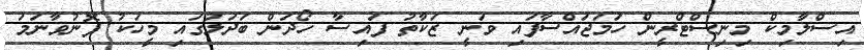
އިސްލާމިކް މިނިސްޓްރީން ހަމަޖައްސާފައި ވަނީ ޒަކާތު ފައިސާ ހޯދަން ބަދަލުގައި މީހަކު ފޮނުވާނަމަ